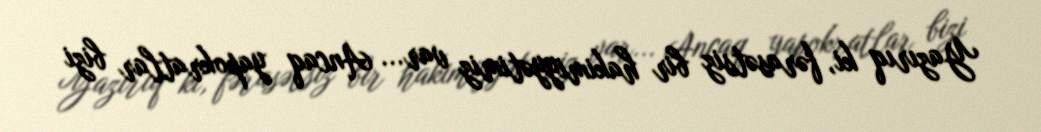
Yazırıq ki, fərasətsiz bir hakimiyyətimiz var... Ancaq yapokratlar bizi